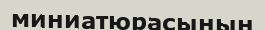
миниатюрасының